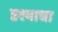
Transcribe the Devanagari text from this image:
दृश्याचा